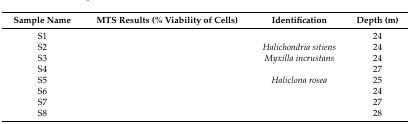
<table><thead><tr><td><b>Sample Name</b></td><td><b>MTS Results (% Viability of Cells)</b></td><td><b>Identification</b></td><td><b>Depth (m)</b></td></tr></thead><tbody><tr><td>S1</td><td>[EMPTY_CELL]</td><td>[EMPTY_CELL]</td><td>24</td></tr><tr><td>S2</td><td>[EMPTY_CELL]</td><td><i>Halichondria sitiens</i></td><td>24</td></tr><tr><td>S3</td><td>[EMPTY_CELL]</td><td><i>Myxilla incrustans</i></td><td>24</td></tr><tr><td>S4</td><td>[EMPTY_CELL]</td><td>[EMPTY_CELL]</td><td>27</td></tr><tr><td>S5</td><td>[EMPTY_CELL]</td><td><i>Haliclona rosea</i></td><td>25</td></tr><tr><td>S6</td><td>[EMPTY_CELL]</td><td>[EMPTY_CELL]</td><td>24</td></tr><tr><td>S7</td><td>[EMPTY_CELL]</td><td>[EMPTY_CELL]</td><td>27</td></tr><tr><td>S8</td><td>[EMPTY_CELL]</td><td>[EMPTY_CELL]</td><td>28</td></tr></tbody></table>